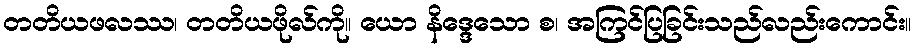
တတိယဖလဿ၊ တတိယဖိုလ်ကို။ ယော နိဒ္ဒေသော စ၊ အကြင်ပြခြင်းသည်လည်းကောင်း။